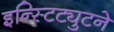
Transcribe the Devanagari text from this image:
इन्स्टिट्युटने